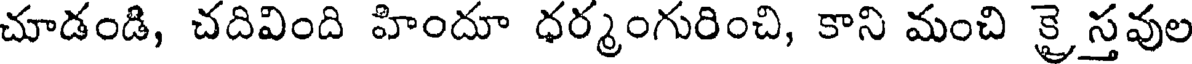
చూడండి, చదివింది హిందూ ధర్మంగురించి, కాని మంచి క్రైస్తవుల